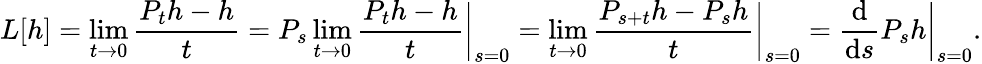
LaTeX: L[h]=\operatorname*{lim}_{t\to 0}\frac{P_{t}h-h}{t}=P_{s}\operatorname*{lim}_{t\to 0}\frac{P_{t}h-h}{t}\bigg|_{s=0}=\operatorname*{lim}_{t\to 0}\frac{P_{s+t}h-P_{s}h}{t}\bigg|_{s=0}=\frac{\textup{d}}{\textup{d}s}P_{s}h\bigg|_{s=0}.